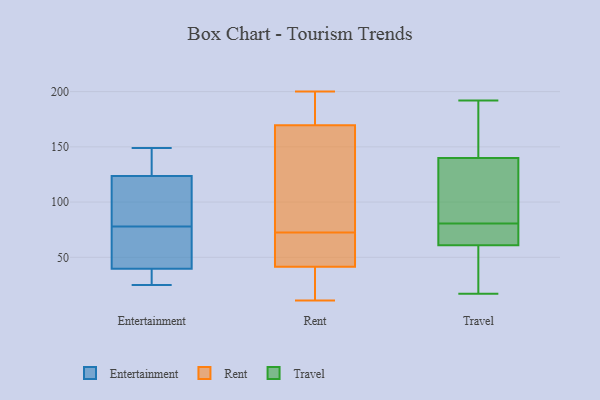
{"axis": {"x": "Tickets Resolved", "y": "Value"}, "legend": ["Entertainment", "Rent", "Travel"], "data": [{"x": "", "y": 60, "type": "Entertainment"}, {"x": "", "y": 103, "type": "Entertainment"}, {"x": "", "y": 125, "type": "Entertainment"}, {"x": "", "y": 133, "type": "Entertainment"}, {"x": "", "y": 116, "type": "Entertainment"}, {"x": "", "y": 149, "type": "Entertainment"}, {"x": "", "y": 25, "type": "Entertainment"}, {"x": "", "y": 48, "type": "Entertainment"}, {"x": "", "y": 78, "type": "Entertainment"}, {"x": "", "y": 134, "type": "Entertainment"}, {"x": "", "y": 34, "type": "Entertainment"}, {"x": "", "y": 33, "type": "Entertainment"}, {"x": "", "y": 71, "type": "Entertainment"}, {"x": "", "y": 37, "type": "Entertainment"}, {"x": "", "y": 119, "type": "Entertainment"}, {"x": "", "y": 138, "type": "Rent"}, {"x": "", "y": 73, "type": "Rent"}, {"x": "", "y": 42, "type": "Rent"}, {"x": "", "y": 193, "type": "Rent"}, {"x": "", "y": 43, "type": "Rent"}, {"x": "", "y": 137, "type": "Rent"}, {"x": "", "y": 11, "type": "Rent"}, {"x": "", "y": 29, "type": "Rent"}, {"x": "", "y": 132, "type": "Rent"}, {"x": "", "y": 194, "type": "Rent"}, {"x": "", "y": 72, "type": "Rent"}, {"x": "", "y": 199, "type": "Rent"}, {"x": "", "y": 200, "type": "Rent"}, {"x": "", "y": 41, "type": "Rent"}, {"x": "", "y": 46, "type": "Rent"}, {"x": "", "y": 43, "type": "Rent"}, {"x": "", "y": 146, "type": "Rent"}, {"x": "", "y": 197, "type": "Rent"}, {"x": "", "y": 30, "type": "Rent"}, {"x": "", "y": 27, "type": "Rent"}, {"x": "", "y": 140, "type": "Travel"}, {"x": "", "y": 192, "type": "Travel"}, {"x": "", "y": 70, "type": "Travel"}, {"x": "", "y": 17, "type": "Travel"}, {"x": "", "y": 124, "type": "Travel"}, {"x": "", "y": 35, "type": "Travel"}, {"x": "", "y": 101, "type": "Travel"}, {"x": "", "y": 191, "type": "Travel"}, {"x": "", "y": 155, "type": "Travel"}, {"x": "", "y": 181, "type": "Travel"}, {"x": "", "y": 61, "type": "Travel"}, {"x": "", "y": 58, "type": "Travel"}, {"x": "", "y": 31, "type": "Travel"}, {"x": "", "y": 133, "type": "Travel"}, {"x": "", "y": 75, "type": "Travel"}, {"x": "", "y": 86, "type": "Travel"}, {"x": "", "y": 65, "type": "Travel"}, {"x": "", "y": 65, "type": "Travel"}]}